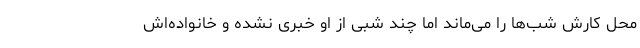
محل کارش شب‌ها را می‌ماند اما چند شبی از او خبری نشده و خانواده‌اش